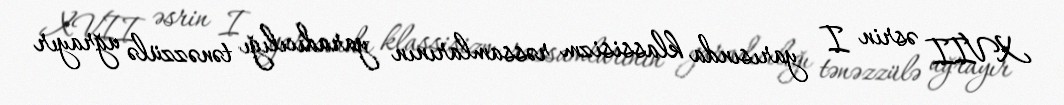
XVII əsrin I yarısında klassisizm rəssamlarının yaradıcılığı tənəzzülə uğrayır